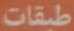
طبقات